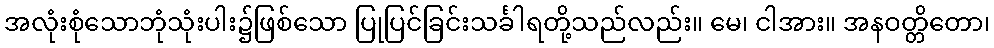
အလုံးစုံသောဘုံသုံးပါး၌ဖြစ်သော ပြုပြင်ခြင်းသင်္ခါရတို့သည်လည်း။ မေ၊ ငါအား။ အနဝတ္တိတော၊